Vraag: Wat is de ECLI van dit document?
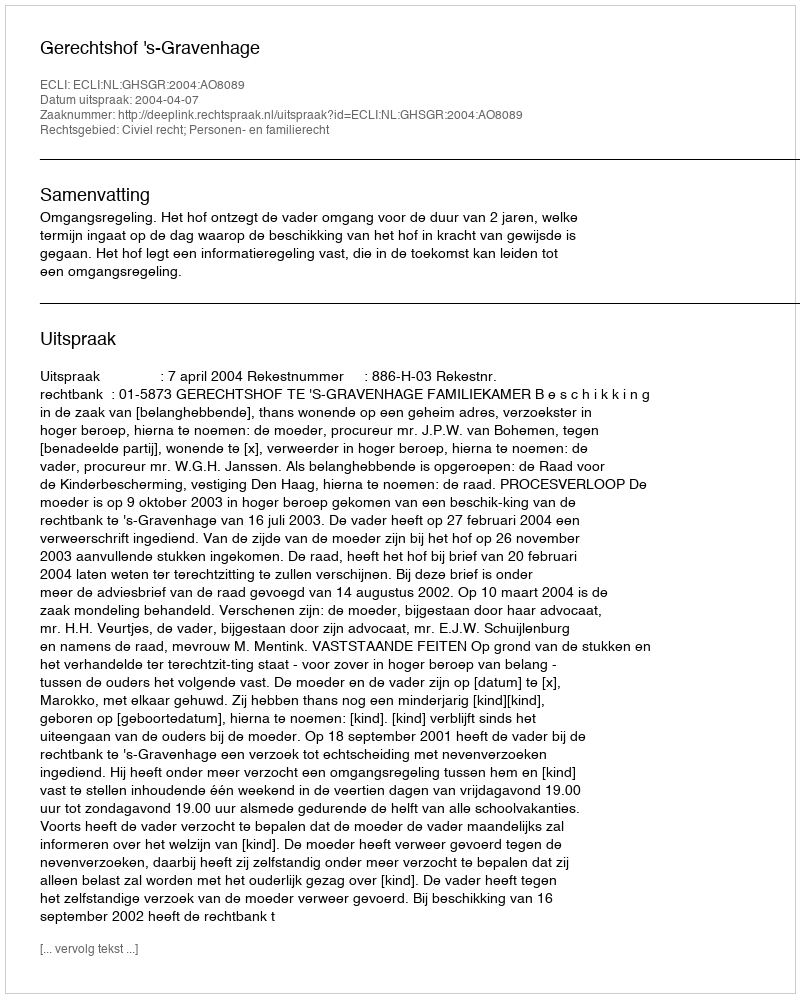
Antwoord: ECLI:NL:GHSGR:2004:AO8089